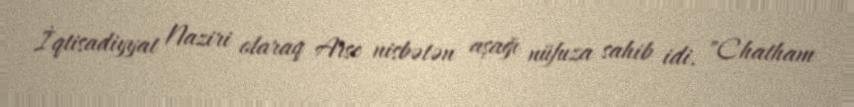
İqtisadiyyat Naziri olaraq Arse nisbətən aşağı nüfuza sahib idi. "Chatham